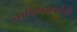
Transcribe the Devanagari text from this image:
नाशिककरांनी